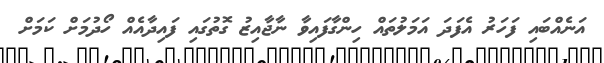
އަނެއްބައި ފަހަރު އެފަދަ އަމަލުތައް ހިންގާފައިވާ ނާޖާއިޒު ގޮތުގައި ފައިދާއެއް ހޯދުމަށް ކަމަށް